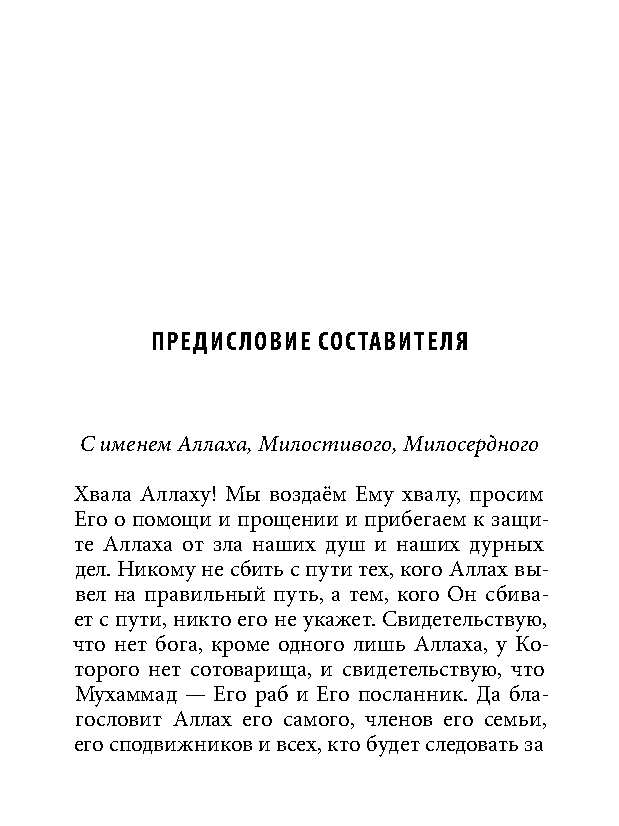
предисловие составителя
 С именем Аллаха, Милостивого, Милосердного
 Хвала Аллаху! Мы воздаём Ему хвалу, просим
 Его о помощи и прощении и прибегаем к защи-
 те Аллаха от зла наших душ и наших дурных
 дел. Никому не сбить с пути тех, кого Аллах вы-
 вел на правильный путь, а тем, кого Он сбива-
 ет с пути, никто его не укажет. Свидетельствую,
 что нет бога, кроме одного лишь Аллаха, у Ко-
 торого нет сотоварища, и свидетельствую, что
 Мухаммад — Его раб и Его посланник. Да бла-
 гословит Аллах его самого, членов его семьи,
 его сподвижников и всех, кто будет следовать за